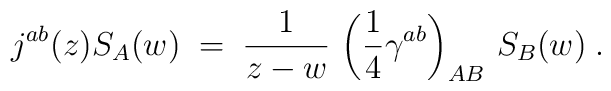
j^{ab}(z)S_{A}(w) \;=\; \frac{1}{z-w}\,                   \left(\frac{1}{4}\gamma^{ab}\right)_{AB}\, S_{B}(w) \; .